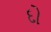
દો